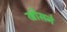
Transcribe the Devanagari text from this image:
खीसने